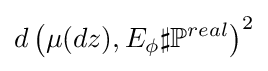
d\left(\mu (dz),E_{\phi }\sharp \mathbb {P} ^{real}\right)^{2}